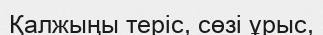
Қалжыңы теріс, сөзі ұрыс,